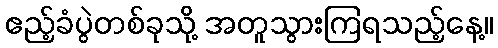
ဧည့်ခံပွဲတစ်ခုသို့ အတူသွားကြရသည့်နေ့။